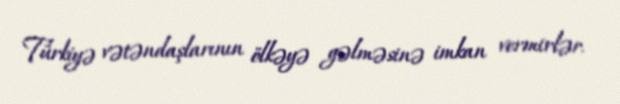
Türkiyə vətəndaşlarının ölkəyə gəlməsinə imkan vermirlər.